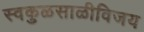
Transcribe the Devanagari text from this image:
स्वकुळसाळीविजय